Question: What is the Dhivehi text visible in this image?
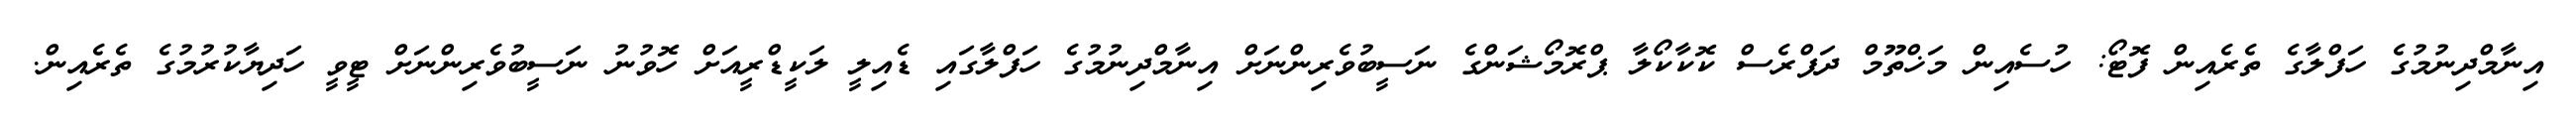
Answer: އިނާމްދިނުމުގެ ހަފްލާގެ ތެރެއިން ފޮޓޯ: ހުސެއިން މަޚްތޫމް ދަޕްރެސް ކޮކާކޯލާ ޕްރޮމޯޝަންގެ ނަސީބުވެރިންނަށް އިނާމްދިނުމުގެ ހަފްލާގައި ޑެއިލީ ލަކީޑްރީއަށް ހޮވުނު ނަސީބުވެރިންނަށް ޓީވީ ހަދިޔާކުރުމުގެ ތެރެއިން.